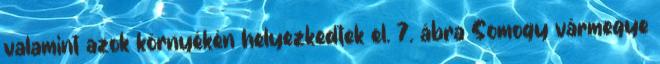
valamint azok környékén helyezkedtek el. 7. ábra Somogy vármegye